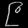
Digit: ၉